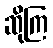
ဆိုကြ